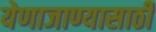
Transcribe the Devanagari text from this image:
येणाजाण्यासाठी